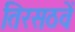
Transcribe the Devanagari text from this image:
तिरसठवें